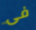
فى